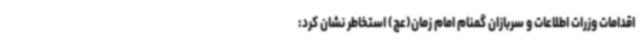
اقدامات وزرات اطلاعات و سربازان گمنام امام زمان(عج) استخاطر نشان کرد: